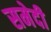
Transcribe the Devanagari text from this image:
समेदी